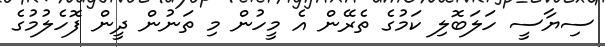
ސިޔާސީ ހަލަބޮލި ކަމުގެ ތެރޭން އެ މީހުން މި ތަނުން ދީން ފޮހެލުމުގެ